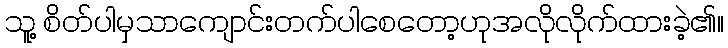
သူ့ စိတ်ပါမှသာကျောင်းတက်ပါစေတော့ဟုအလိုလိုက်ထားခဲ့၏။